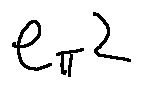
e _ { \pi } 2